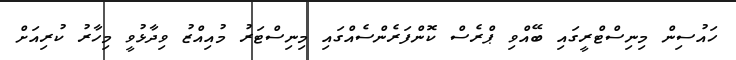
ހައުސިން މިނިސްޓްރީގައި ބޭއްވި ޕްރެސް ކޮންފަރެންސެއްގައި މިނިސްޓަރު މުއިއްޒު ވިދާޅުވީ މިހާރު ކުރިއަށް